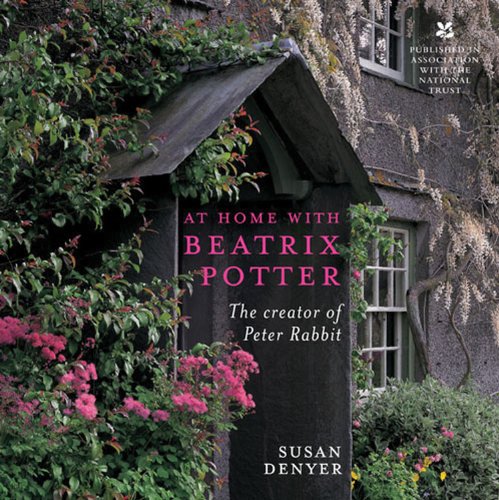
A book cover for At Home with Beatrix Potter: The Creator of Peter Rabbit; Susan Denyer; Biographies & Memoirs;